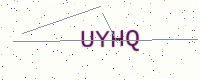
Text: UYHQ